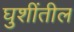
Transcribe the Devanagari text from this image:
घुशींतील